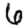
Digit: 6